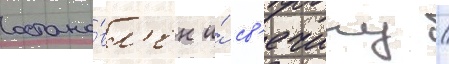
остано́вл'ен и́ св'ечину /